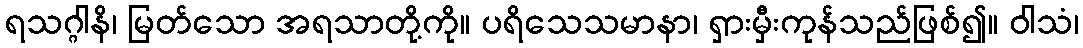
ရသဂ္ဂါနိ၊ မြတ်သော အရသာတို့ကို။ ပရိသေသမာနာ၊ ရှားမှီးကုန်သည်ဖြစ်၍။ ဝါသံ၊